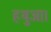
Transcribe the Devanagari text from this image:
हथुआ।